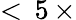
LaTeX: <\, 5\, \times